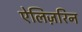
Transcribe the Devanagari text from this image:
ऐलिज़रिन